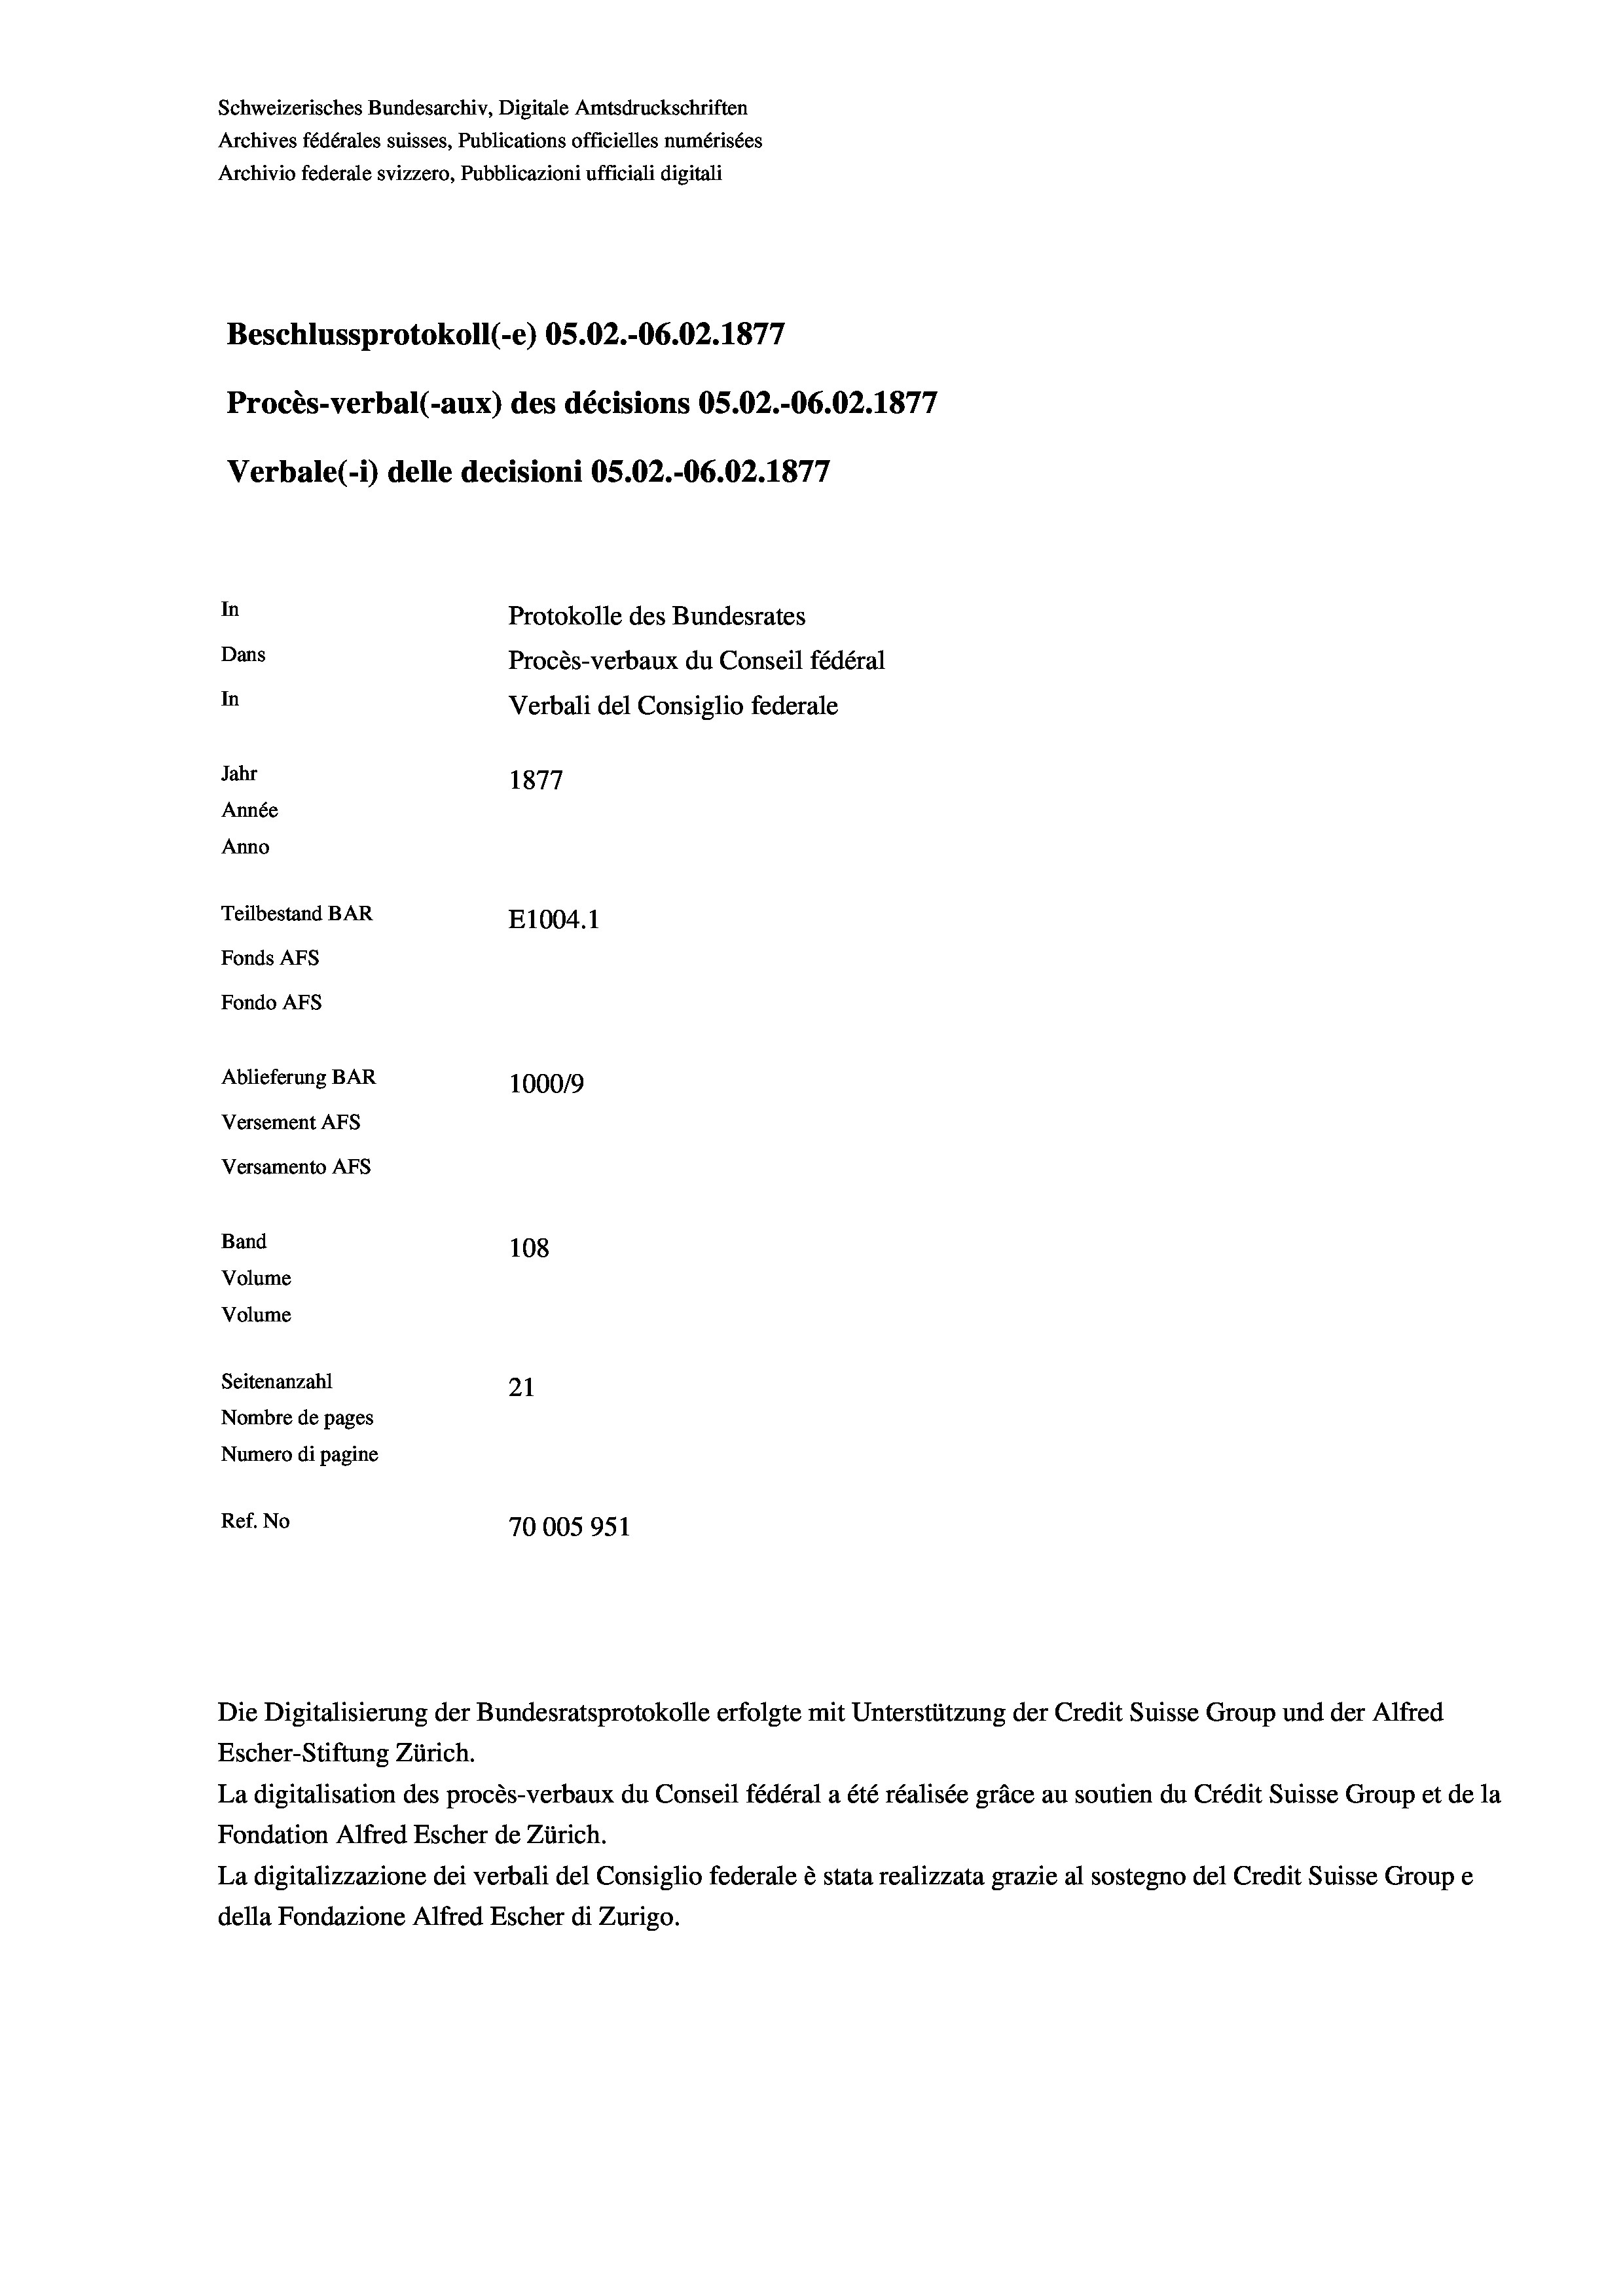
Beschlussprotokoll (-e) 05.02.-06.02. 1877
Procès-verbal (-aux) des décisions OS.O2.-06.02. 1877
Protokolle des Bundesrates
Dans
Procès-verbaux du Conseil fédéral
In
Verbali del Consiglio federale
Jahr
1877
Année
Anno
Teilbestand BAR
E1004.1
Fonds AFs
Fondo Afs
Ablieferung BAR
100019
Versement AFs
Versamento Afs

In

Band
Volume
Volume
Seitenanzahl

Schweizerisches Bundesarchiv, Digitale Amtsdruckschriften
Archives fédérales suisses, Publications officielles numérisées
Archivio federale svizzero, Pubblicazioni ufficiali digitali

Verbale (- 1) delle decisioni OS.02.-06.02. 1877

108
21
Nombre de pages
Numero di pagine
Ref. No
70005951

Escher-Stiftung Zürich.
La digitalisation des procès-verbaux du Conseil fédéral a été réalisée gräce au soutien du Crédit Suisse Group et de la
Fondation Alfred Escher de Zürich.
La digitalizzazione dei verbali del Consiglio federale è stata realizzata grazie al sostegno del Credit Suisse Groupe
della Fondazione Alfred Escher di Zurigo.

Die Digitalisierung der Bundesratsprotokolle erfolgte mit Unterstützung der Credit Suisse Group und der Alfred